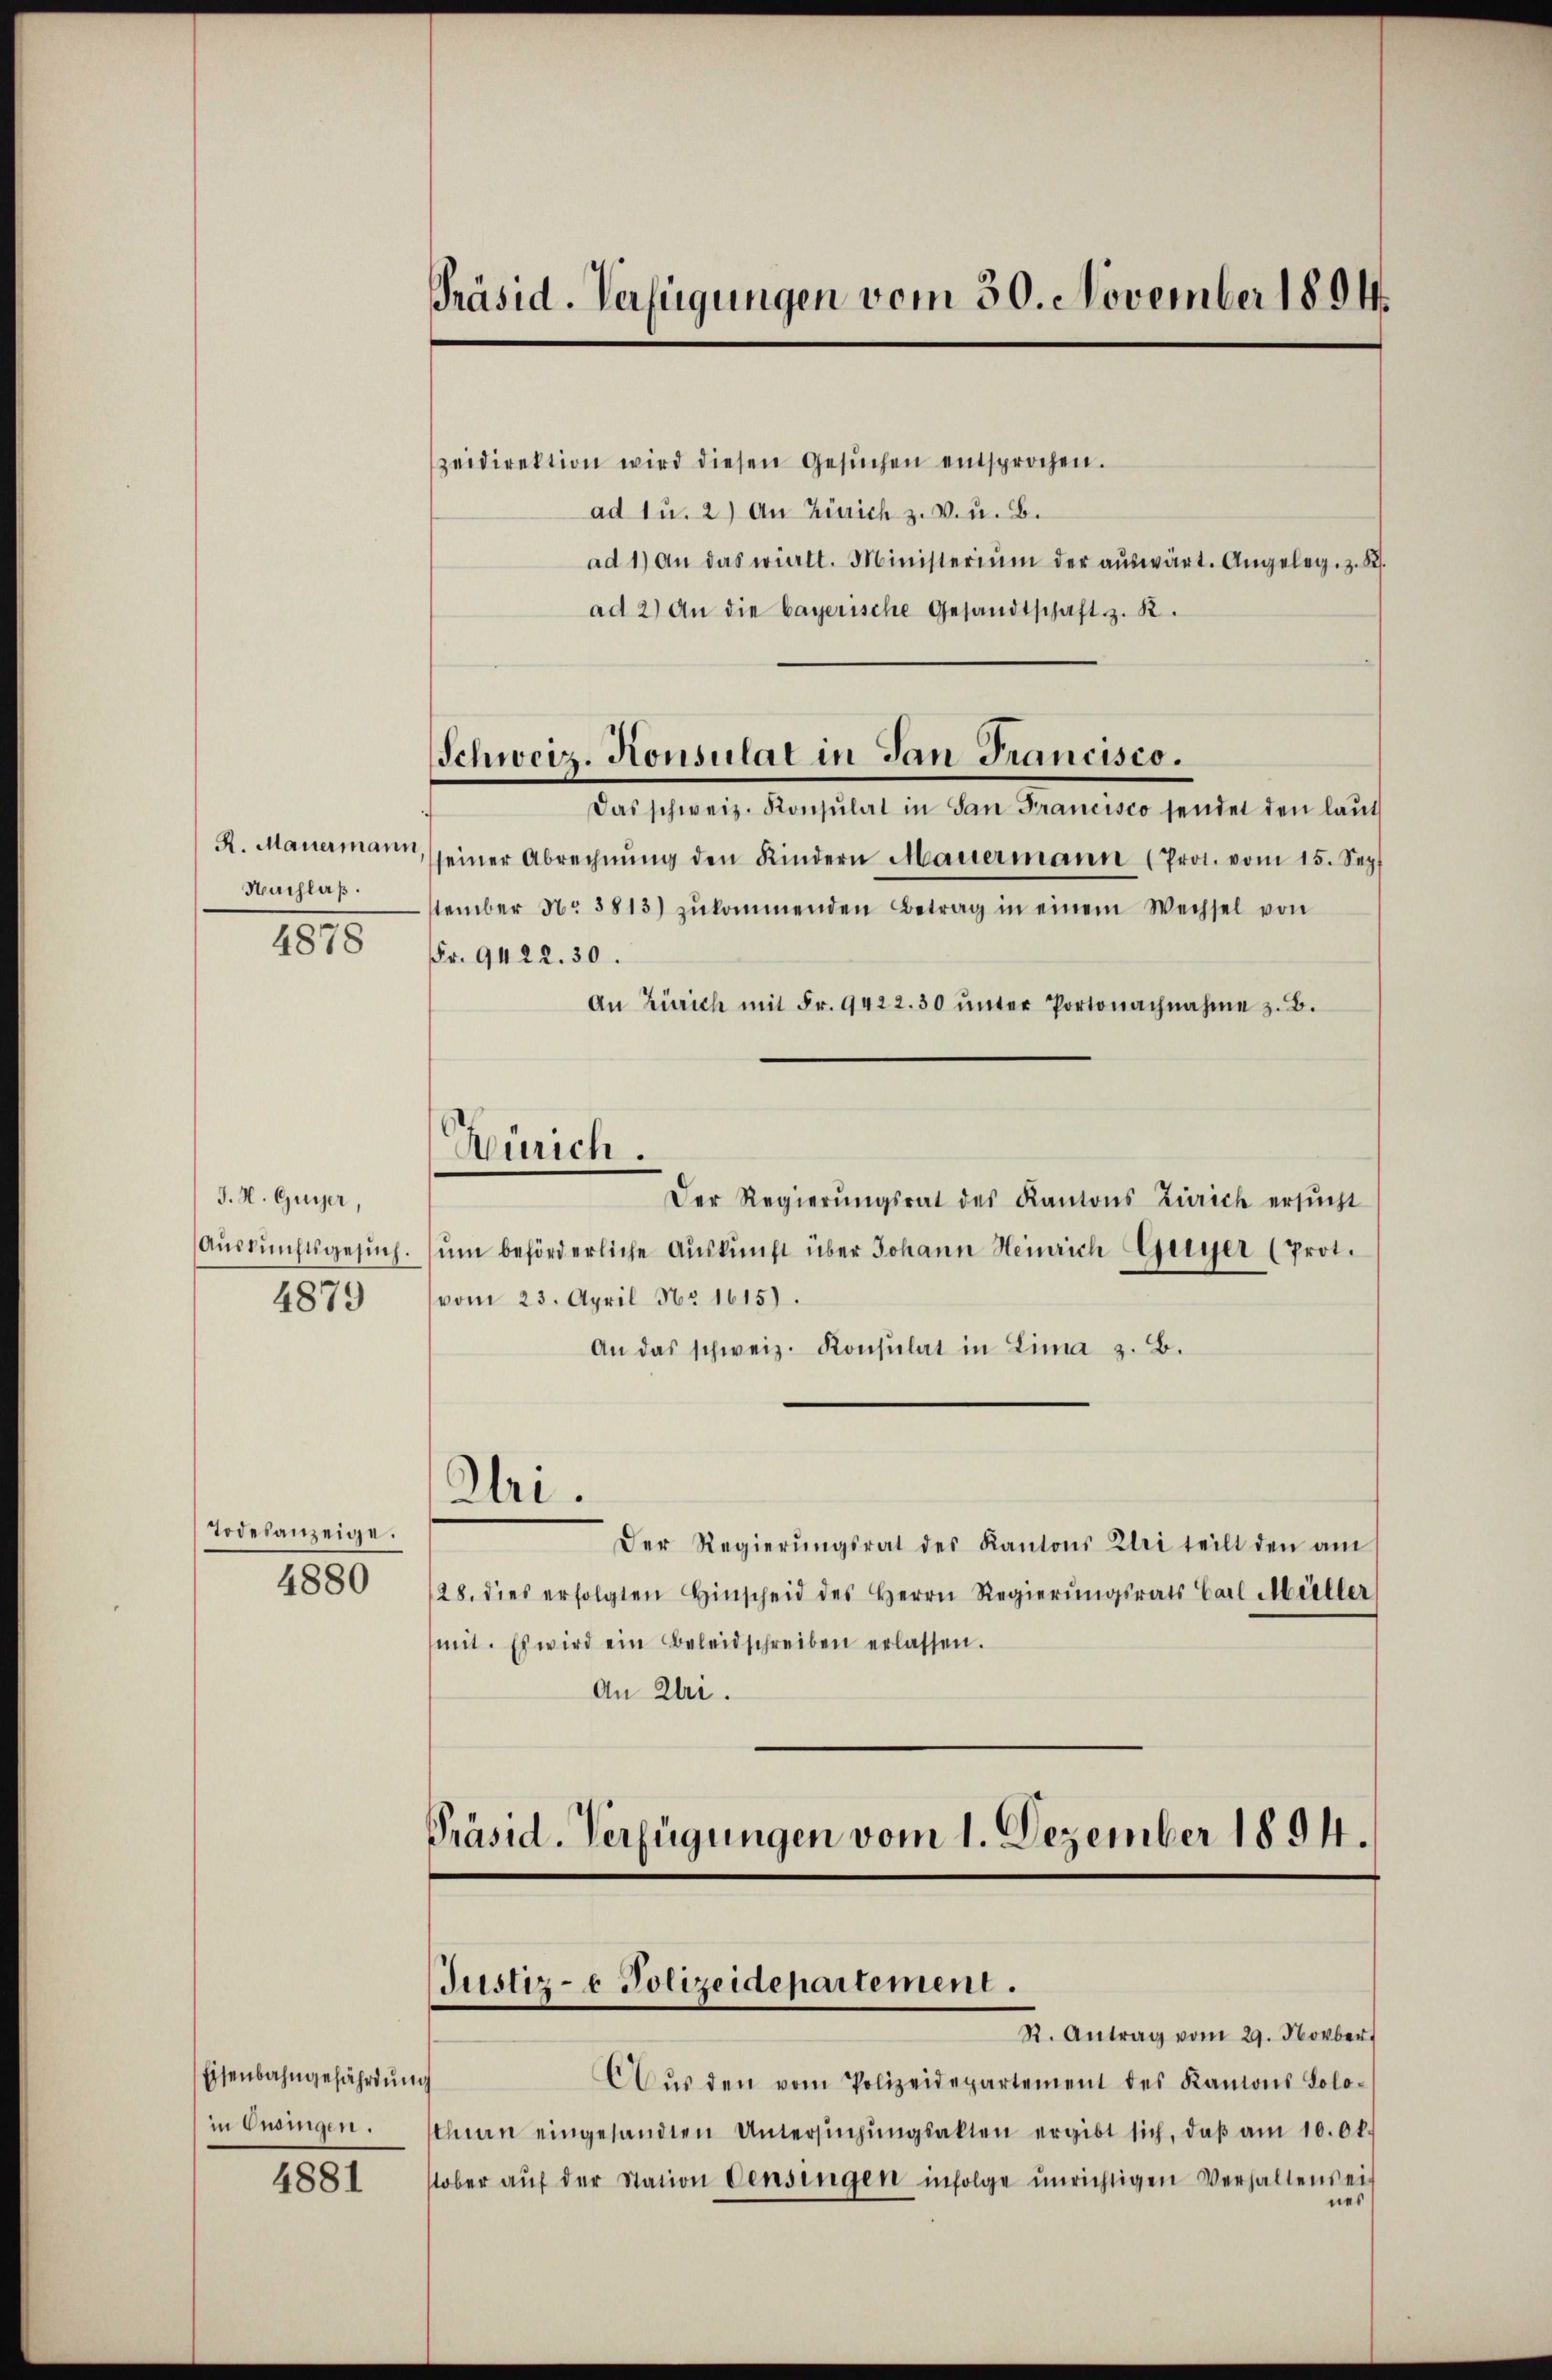
R. Mauermann,
Nachlaß.
4878

J. H. Guyer,
Auskunftsgesuch.
4879

Todesanzeige.
4880

Eisenbahngefährdung
in Eurigen.

4881

Präsid. Verfügungen vom 30. November 1894.

Schweiz. Konsulat in San Francisco.

Zürich.

zeidirektion wird diesen Gesŭchen entsprochen.
ad u. 2) An Zürich z. B. u. B.
ad 1) an das wielt. Ministerium der aŭswärt. Angeleg. z. B.
ad 2) An die bayerische Gesandtschaft z. B.
Das schweiz. Konsulat in San Francisco sendet den laut
seiner Abrechnŭng den Kindern Mauermann (Prot. vom 15. Sept
ttember No 3813) zŭkommenden Betrag in einem Wechsel von
Fr. 9422. 30.
An Zürich mit Fr. 9422. 30 ŭnter Portonachnahme z. B.
Der Regierŭngsrat des Kantons Zürich ersŭcht
ŭm beförderliche Aŭskŭnft über Johann Heinrich Guyer (Prot.
vom 23. April No 1615).
An das schweiz. Konsulat in Lima z. B.
Uri.
Der Regierŭngsrat des Kantons Zei teilt den am
28. dies erfolgten Hinscheid des Herrn Regierŭngsrats Carl Müller
mit. Es wird ein Beleidschreiben erlassen.
An Zl.
Präsid. Verfügungen vom 1. Dezember 1894.

R. Antrag vom 29. Novber
Caŭs den vom Polizeidepartement des Kantons Solo-
thurn eingesandten Untersŭchŭngsakten ergibt sich, daβ am 10. Ok
stober aŭf der Station densingen infolge unrichtigen Verhaltens ein
nes

Justiz- & Polizeidepartement.